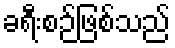
ခရီးစဉ်ဖြစ်သည်